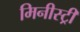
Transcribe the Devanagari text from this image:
मिनीस्‍ट्री